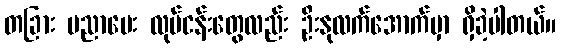
တခြား ပညာပေး လုပ်ငန်းတွေလည်း ဦးနုလက်အောက်မှာ ရှိခဲ့ပါတယ်။